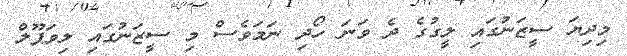
މިދިޔަ ސީޒަނުގައި ލީގުގެ ދެ ވަނަ ހޯދި ނަމަވެސް މި ސީޒަނުގައި ލިވަޕޫލް